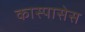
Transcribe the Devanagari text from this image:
कास्पासेस